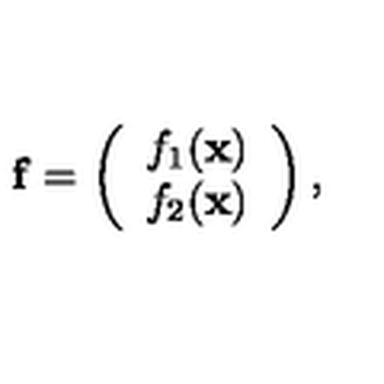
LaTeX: { \bf f } = \left( \begin{array} { c } { f _ { 1 } ( { \bf x } ) } \\ { f _ { 2 } ( { \bf x } ) } \\ \end{array} \right) ,